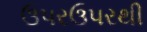
ઉપરઉપરથી